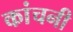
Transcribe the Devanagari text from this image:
कांचनी